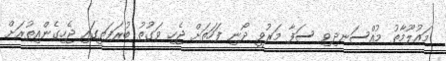
މައުލޫމާތު މުއްސަނދިވި ސަފާ މަރުވީ ދޯނި ފަހަތަށް ޖެހި ވަގުތު ބުރަފަތީގައި ޖެހިގެންއިތުރަށް